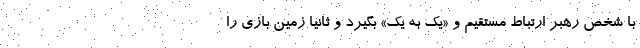
با شخص رهبر ارتباط مستقیم و «یک به یک» بگیرد و ثانیا زمین بازی را